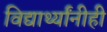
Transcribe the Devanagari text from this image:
विद्यार्थ्यांनीही